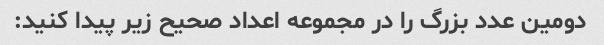
دومین عدد بزرگ را در مجموعه اعداد صحیح زیر پیدا کنید: